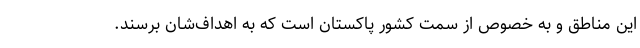
این مناطق و به خصوص از سمت کشور پاکستان است که به اهداف‌شان برسند.